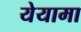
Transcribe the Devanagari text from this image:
येयामा